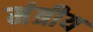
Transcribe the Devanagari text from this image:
मंत्रीय